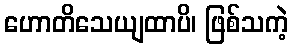
ဟောတိသေယျထာပိ၊ ဖြစ်သကဲ့